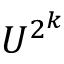
U ^ { 2 ^ { k } }